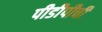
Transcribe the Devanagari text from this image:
पीडीपीची